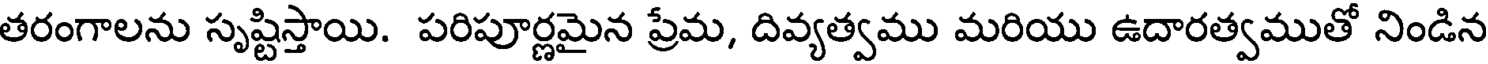
తరంగాలను సృష్టిస్తాయి. పరిపూర్ణమైన ప్రేమ, దివ్యత్వము మరియు ఉదారత్వముతో నిండిన